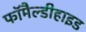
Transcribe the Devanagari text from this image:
फॉमैल्डीहाइड